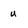
Character: u